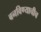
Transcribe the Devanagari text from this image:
बनविण्याचीच